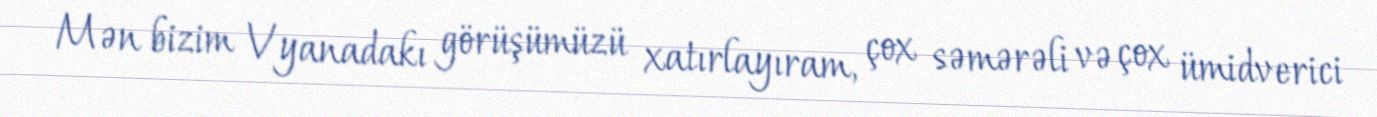
Mən bizim Vyanadakı görüşümüzü xatırlayıram, çox səmərəli və çox ümidverici